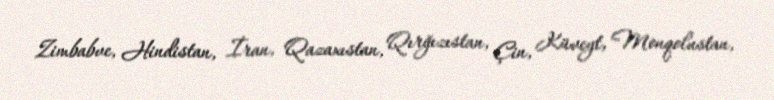
Zimbabve, Hindistan, İran, Qazaxıstan, Qırğızıstan, Çin, Küveyt, Monqolustan,